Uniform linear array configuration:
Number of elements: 16
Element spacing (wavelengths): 0.5
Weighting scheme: cosine
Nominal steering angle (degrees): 60
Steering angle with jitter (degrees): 61.999
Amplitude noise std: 0.05
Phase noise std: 0.05

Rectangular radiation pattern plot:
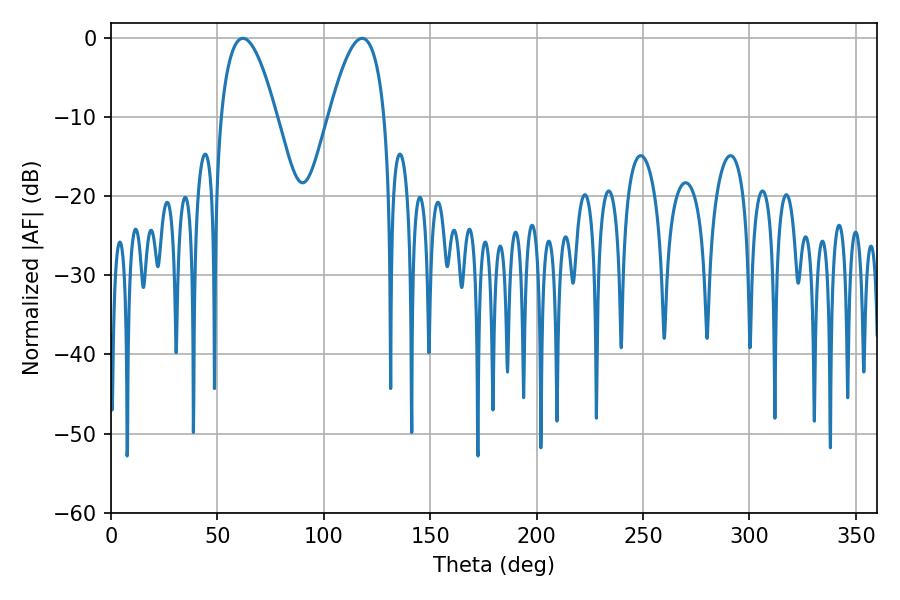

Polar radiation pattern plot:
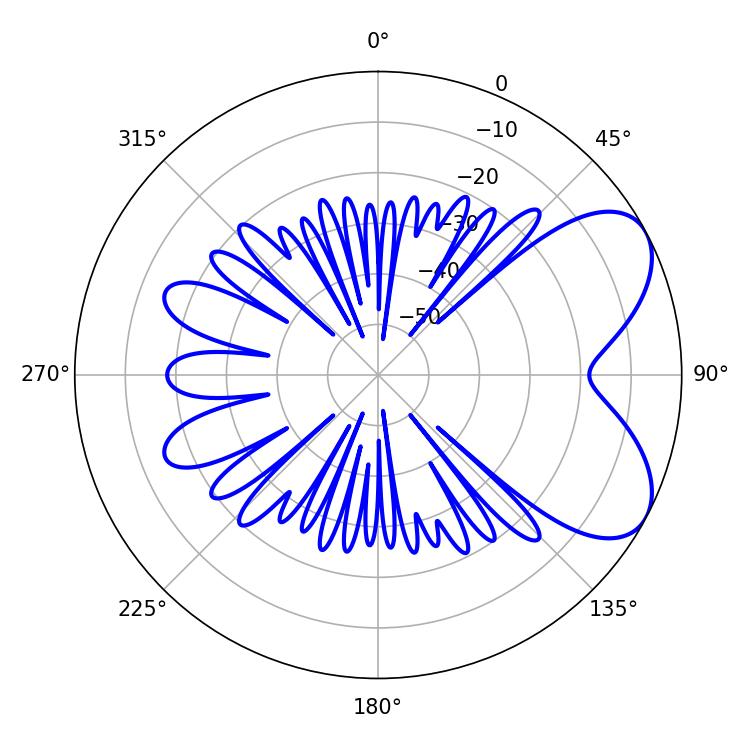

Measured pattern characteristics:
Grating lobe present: FALSE
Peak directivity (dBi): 6.261
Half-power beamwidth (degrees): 14.4
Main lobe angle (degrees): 61.92